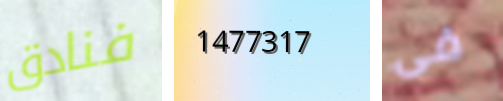
فنادق 1477317 فى